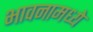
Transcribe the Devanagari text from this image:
भावनामध्ये